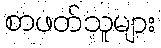
စာဖတ်သူများ